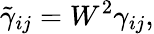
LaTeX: \tilde{\gamma}_{ij}=W^{2}\gamma_{ij},